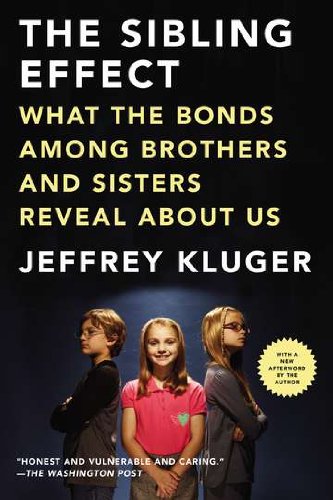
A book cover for The Sibling Effect: What the Bonds Among Brothers and Sisters Reveal About Us; Jeffrey Kluger; Parenting & Relationships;